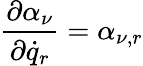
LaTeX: \frac{\partial\alpha_{\nu}}{\partial{\dot{q}}_{r}}=\alpha_{\nu,r}